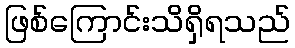
ဖြစ်ကြောင်းသိရှိရသည်